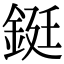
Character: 鋌